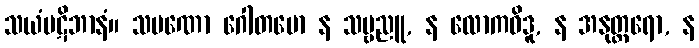
သယံပဋိဘာနံ။ သမဏော ဂေါတမော န သဗ္ဗညူ, န လောကဝိဒူ, န အနုတ္တရော, န